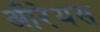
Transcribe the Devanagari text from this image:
औरेयस